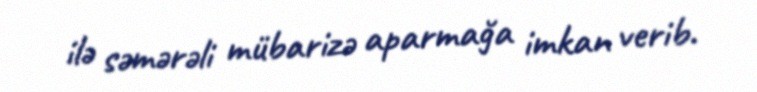
ilə səmərəli mübarizə aparmağa imkan verib.